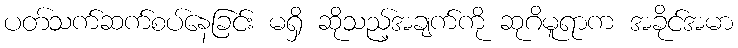
ပတ်သက်ဆက်စပ်နေခြင်း မရှိ ဆိုသည့်အချက်ကို ဆုဂိမူရာက အခိုင်အမာ